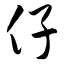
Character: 仔